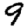
Digit: 9